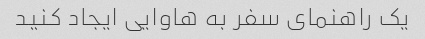
یک راهنمای سفر به هاوایی ایجاد کنید